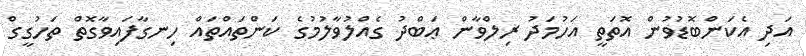
އަދި އެކަންބޮޑުވުން އޮތަތީ އަހުމަދު ރިލްވާން ޢަބްދު ގެއްލުވާލުމުގެ ކަންތައްތައް ހިނގާފައިވާގޮތް ތަހުގީގް